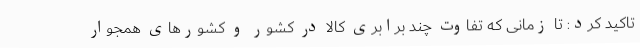
تاکید کرد: تا زمانی که تفاوت چند برابری کالا در کشور و کشورهای همجوار